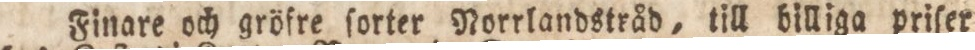
Finare och gröfre ſorter Norrlandstråd, till billiga priſer,